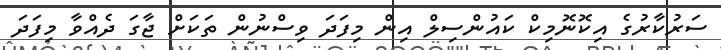
ސަރުކާރުގެ އިކޮނޮމިކް ކައުންސިލް އިން މިފަދަ ވިސްނުން ތަކަށް ޖާގަ ދެއްވާ މިފަދަ